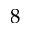
8